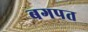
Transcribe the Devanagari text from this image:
बगपत